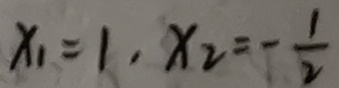
x _ { 1 } = 1 , x _ { 2 } = - \frac { 1 } { 2 }